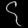
Digit: ၄